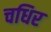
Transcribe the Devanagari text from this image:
चधिर